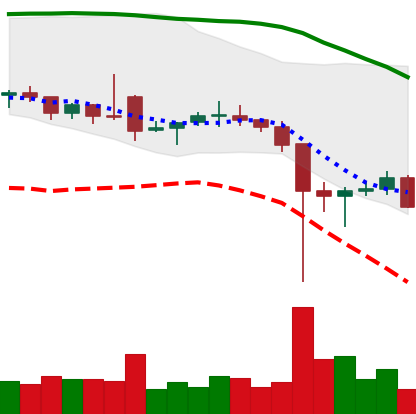
Ticker: ETC-USD
Chart end date: 2021-12-09
Forward return: -8.378%
Label: down_7plus